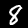
Label: 8